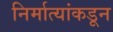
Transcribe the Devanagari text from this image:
निर्मात्यांकडून